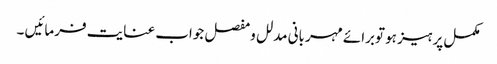
مکمل پرہیز ہو توبرائے مہربانی مدلل ومفصل جواب عنایت فرمائیں ۔